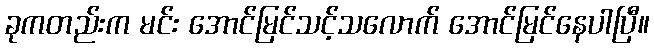
ခုကတည်းက မင်း အောင်မြင်သင့်သလောက် အောင်မြင်နေပါပြီ။